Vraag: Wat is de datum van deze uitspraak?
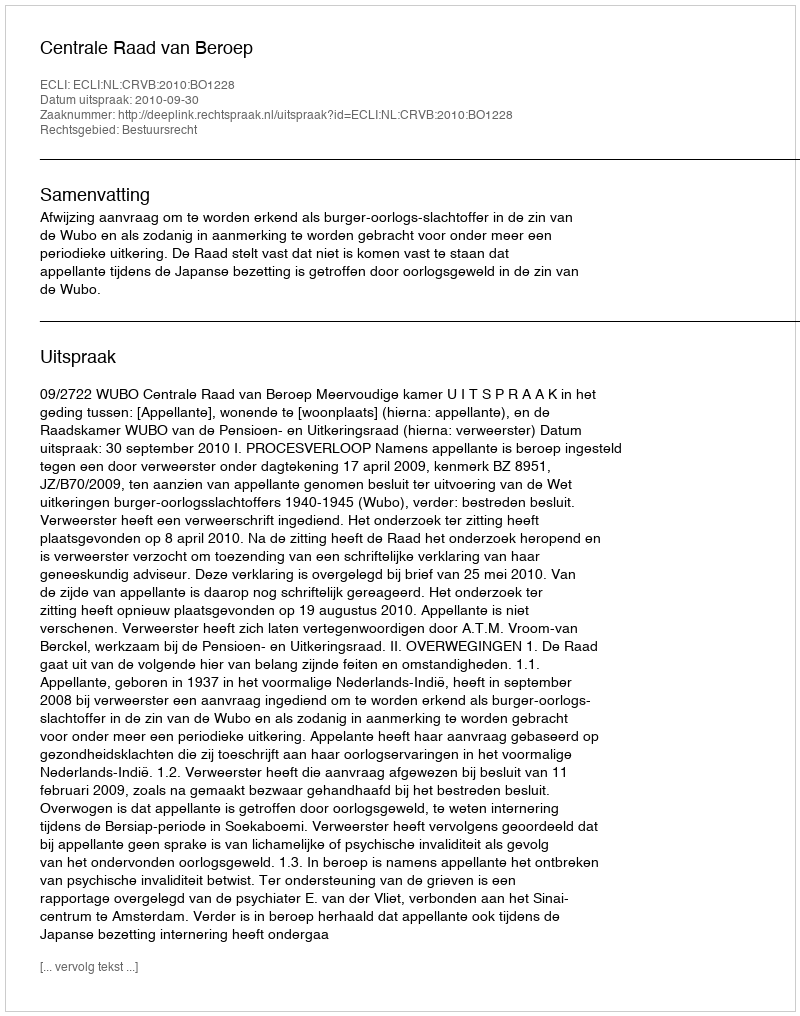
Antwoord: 2010-09-30